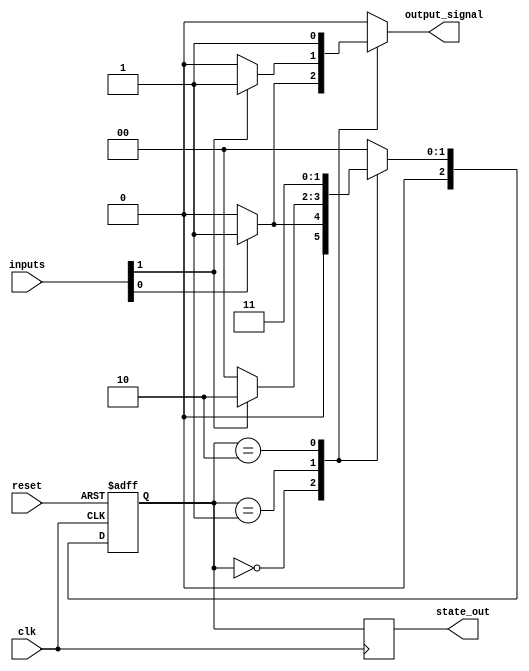
module NBitMealyFSM #(
    parameter N = 3, // Number of bits for the state
    parameter M = 2  // Number of inputs
)(
    input wire clk,               // Clock signal
    input wire reset,             // Reset signal
    input wire [M-1:0] inputs,    // Input signals
    output reg [N-1:0] state_out, // Current state output
    output reg output_signal       // Output signal
);

// State encoding
localparam S0 = 3'b000;
localparam S1 = 3'b001;
localparam S2 = 3'b010;
localparam S3 = 3'b011;

// State register
reg [N-1:0] current_state, next_state;

// State transition logic
always @(*) begin
    case (current_state)
        S0: begin
            if (inputs[0]) begin
                next_state = S1;
                output_signal = 1'b1; // Output based on input
            end else begin
                next_state = S0;
                output_signal = 1'b0;
            end
        end
        S1: begin
            if (inputs[1]) begin
                next_state = S2;
                output_signal = 1'b1;
            end else begin
                next_state = S0;
                output_signal = 1'b0;
            end
        end
        S2: begin
            next_state = S3;
            output_signal = 1'b1; // Transition to S3
        end
        S3: begin
            next_state = S0;
            output_signal = 1'b0; // Return to S0
        end
        default: begin
            next_state = S0;
            output_signal = 1'b0;
        end
    endcase
end

// State register update
always @(posedge clk or posedge reset) begin
    if (reset) begin
        current_state <= S0; // Reset to initial state
    end else begin
        current_state <= next_state; // Update state
    end
end

// Output state
always @(posedge clk) begin
    state_out <= current_state; // Output the current state
end

endmodule